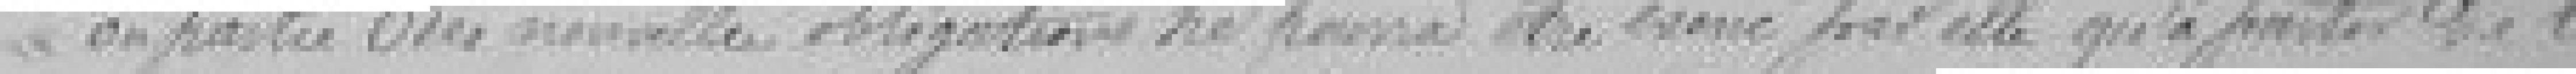
en partie des nouvelles obligations ne pourra être exercé par elle qu'à partir de l'